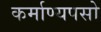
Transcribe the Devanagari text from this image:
कर्माण्यपसो